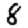
Digit: 8